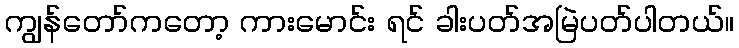
ကျွန်တော်ကတော့ ကားမောင်း ရင် ခါးပတ်အမြဲပတ်ပါတယ်။